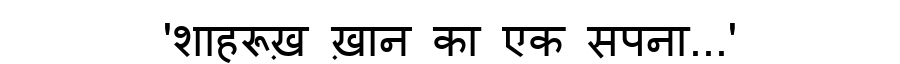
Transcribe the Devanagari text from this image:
'शाहरूख़ ख़ान का एक सपना...'